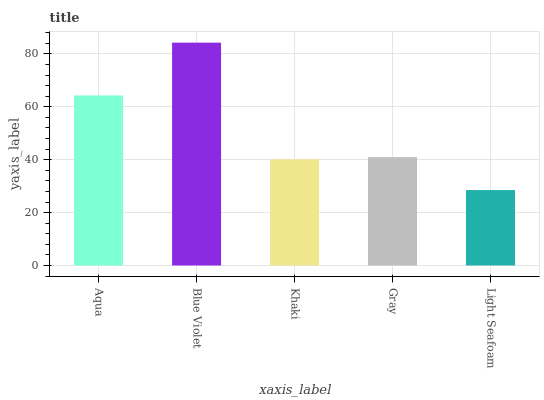
| xaxis_label | bars |
 | --- | --- |
 | Aqua | 64.3 |
 | Blue Violet | 84.3 |
 | Khaki | 40.1 |
 | Gray | 41 |
 | Light Seafoam | 28.5 |